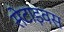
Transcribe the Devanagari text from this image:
सेटाइवस